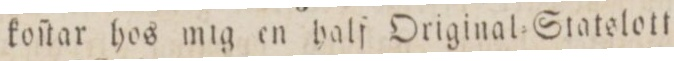
koſtar hos mig en half Original=Statelott